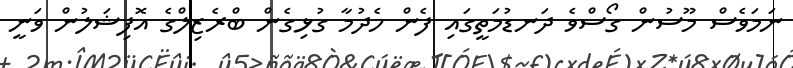
ނަމަވެސް މޫސުން ގޯސްވެ ދަނޑުމަތީގައި ފެން ހެދުމާ ގުޅިގެން ބްރެޒިލްގެ އޮފިޝަލުން ވަނީ